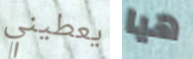
يعطيني هيا